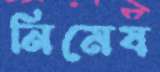
নিমেষ